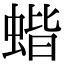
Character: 蝔